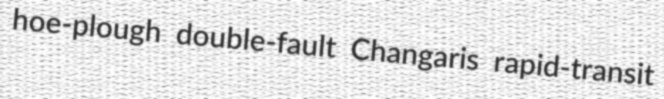
hoe-plough double-fault Changaris rapid-transit